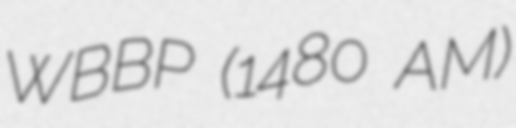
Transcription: WBBP (1480 AM)